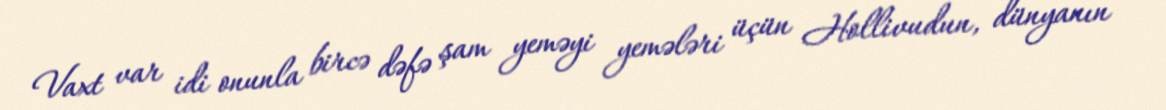
Vaxt var idi onunla bircə dəfə şam yeməyi yemələri üçün Hollivudun, dünyanın